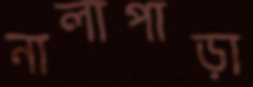
নালাপাড়া